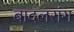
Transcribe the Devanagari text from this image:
बादलरांग